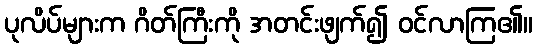
ပုလိပ်များက ဂိတ်ကြီးကို အတင်းဖျက်၍ ဝင်လာကြ၏။